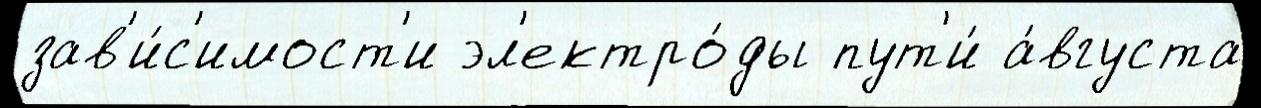
зав'и́с'имост'и эл'ектро́ды пут'и́ а́вгуста